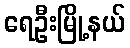
ရေဦးမြို့နယ်